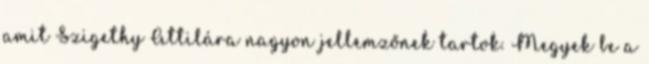
amit Szigethy Attilára nagyon jellemzőnek tartok. Megyek be a